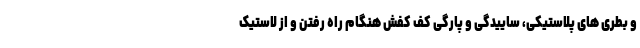
و بطری های پلاستیکی، ساییدگی و پارگی کف کفش هنگام راه رفتن و از لاستیک